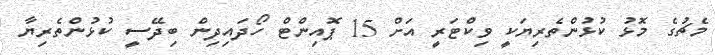
މެޗުގެ މޮޅު ކުޅުންތެރިޔަކީ ވިކްޓަރީ އަށް 15 ޕޮއިންޓް ހޯދައިދިން ބިދޭސީ ކުޅުންތެރިޔާ